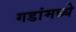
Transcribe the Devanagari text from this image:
गडांमध्ये